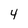
Character: 4